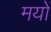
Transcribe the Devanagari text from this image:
मयों